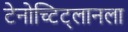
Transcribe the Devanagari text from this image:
टेनोच्टिट्लानला